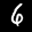
Label: 6